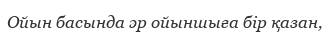
Ойын басында әр ойыншыға бір қазан,